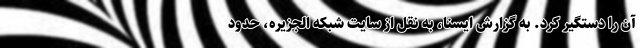
آن را دستگیر کرد. به گزارش ایسنا، به نقل از سایت شبکه الجزیره، حدود